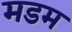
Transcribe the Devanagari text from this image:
मडम